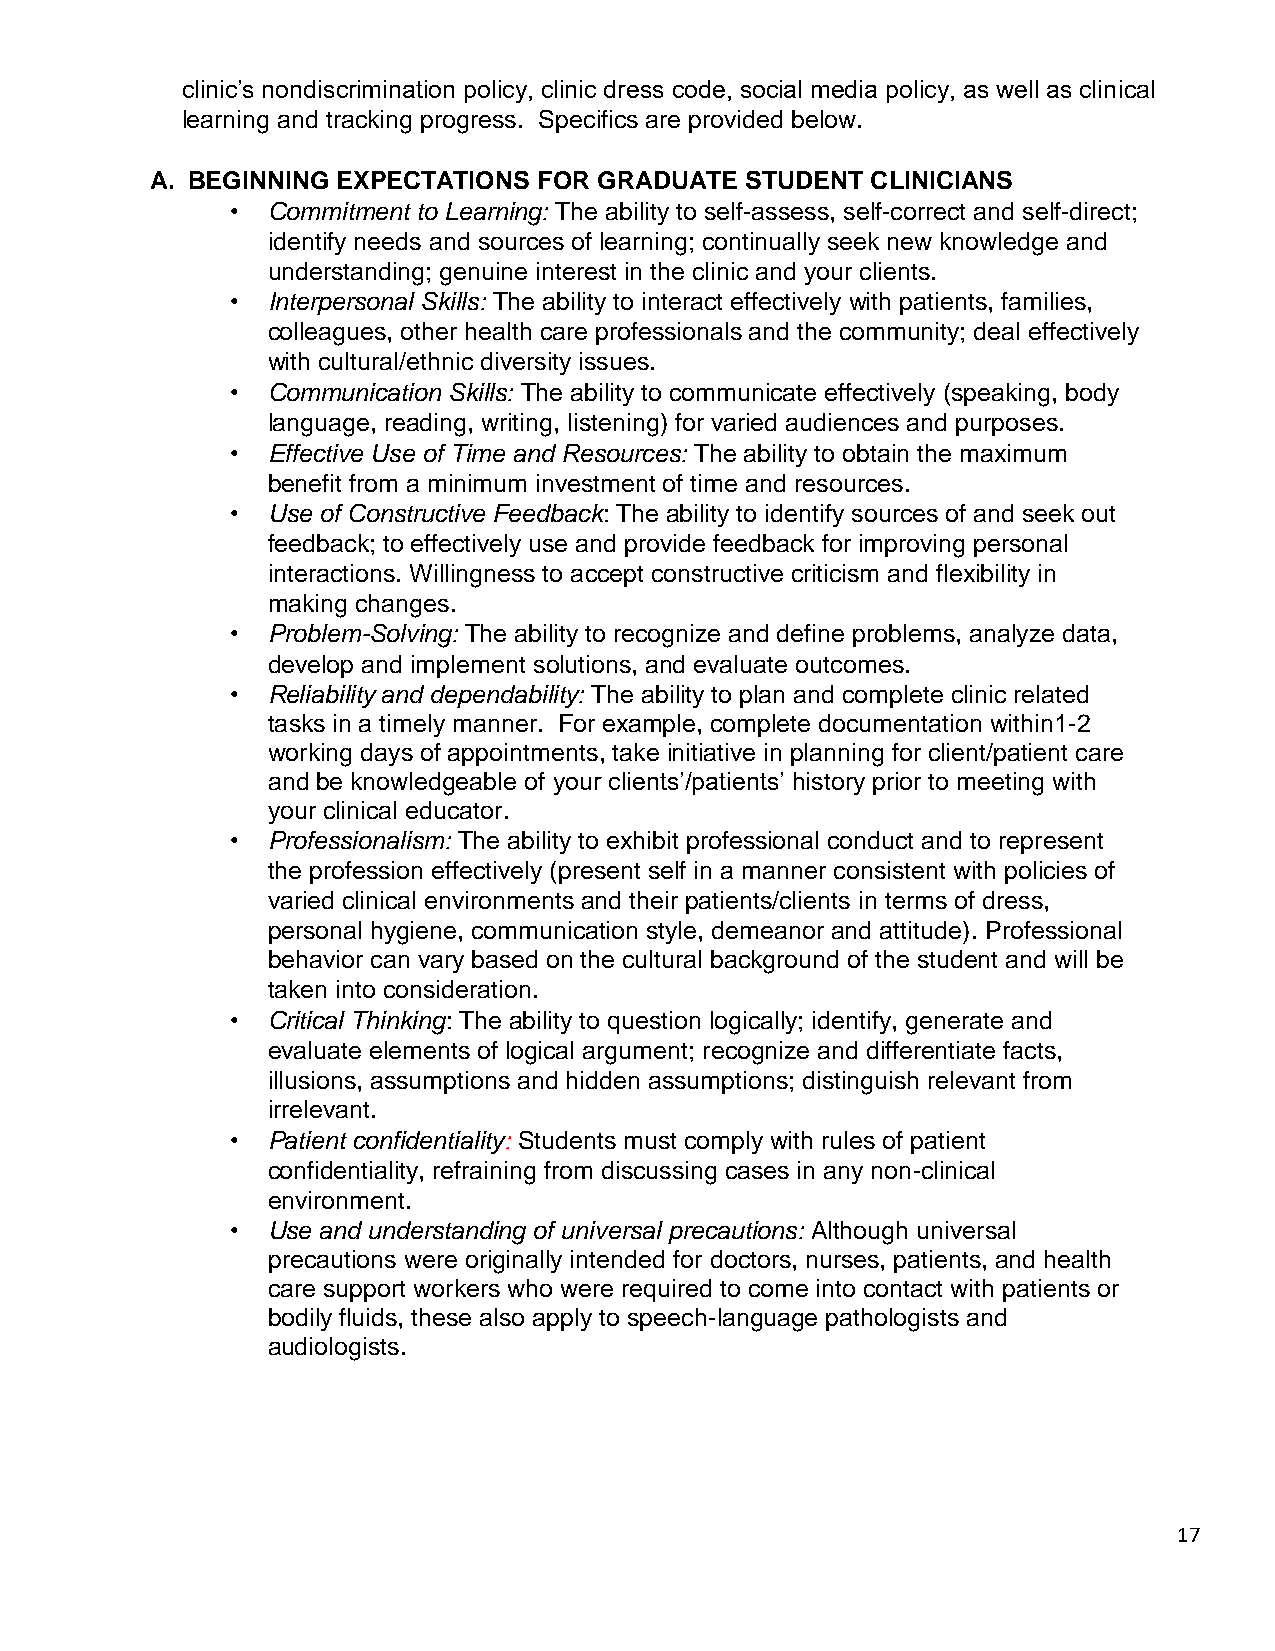
clinic’s nondiscrimination policy, clinic dress code, social media policy, as well as clinical
 learning and tracking progress. Specifics are provided below.
 A. BEGINNING EXPECTATIONS FOR GRADUATE STUDENT  CLINICIANS
 •  Commitment to Learning: The ability to self-assess, self-correct and self-direct;
 identify needs and sources of learning; continually seek new knowledge and
 understanding; genuine interest in the clinic and your clients.
 •  Interpersonal Skills: The ability to interact effectively with patients, families,
 colleagues, other health care professionals and the community; deal effectively
 with cultural/ethnic diversity issues.
 •  Communication Skills: The ability to communicate effectively (speaking, body
 language, reading, writing, listening) for varied audiences and purposes.
 •  Effective Use of Time and Resources: The ability to obtain the maximum
 benefit from a minimum investment of time and resources.
 •  Use of Constructive Feedback: The ability to identify sources of and seek out
 feedback; to effectively use and provide feedback for improving personal
 interactions. Willingness to accept constructive criticism and flexibility in
 making changes.
 •  Problem-Solving: The ability to recognize and define problems, analyze data,
 develop and implement solutions, and evaluate outcomes.
 •  Reliability and dependability: The ability to plan and complete clinic related
 tasks in a timely manner. For example, complete documentation within1-2
 working days of appointments, take initiative in planning for client/patient care
 and be knowledgeable of your clients’/patients’ history prior to meeting with
 your clinical educator.
 •  Professionalism: The ability to exhibit professional conduct and to represent
 the profession effectively (present self in a manner consistent with policies of
 varied clinical environments and their patients/clients in terms of dress,
 personal hygiene, communication style, demeanor and attitude). Professional
 behavior can vary based on the cultural background of the student and will be
 taken into consideration.
 •  Critical Thinking: The ability to question logically; identify, generate and
 evaluate elements of logical argument; recognize and differentiate facts,
 illusions, assumptions and hidden assumptions; distinguish relevant from
 irrelevant.
 •  Patient confidentiality: Students must comply with rules of patient
 confidentiality, refraining from discussing cases in any non-clinical
 environment.
 •  Use and understanding of universal precautions: Although universal
 precautions were originally intended for doctors, nurses, patients, and health
 care support workers who were required to come into contact with patients or
 bodily fluids, these also apply to speech-language pathologists and
 audiologists.
 17